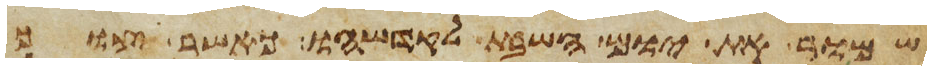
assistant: שמור את יום השבת לקדשהו כאשר צוך